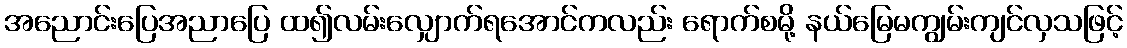
အညောင်းပြေအညာပြေ ထ၍လမ်းလျှောက်ရအောင်ကလည်း ရောက်စမို့ နယ်မြေမကျွမ်းကျင်လှသဖြင့်